Vaccination in Bombay 1869-1873 - 1869-1873
Year: 1869
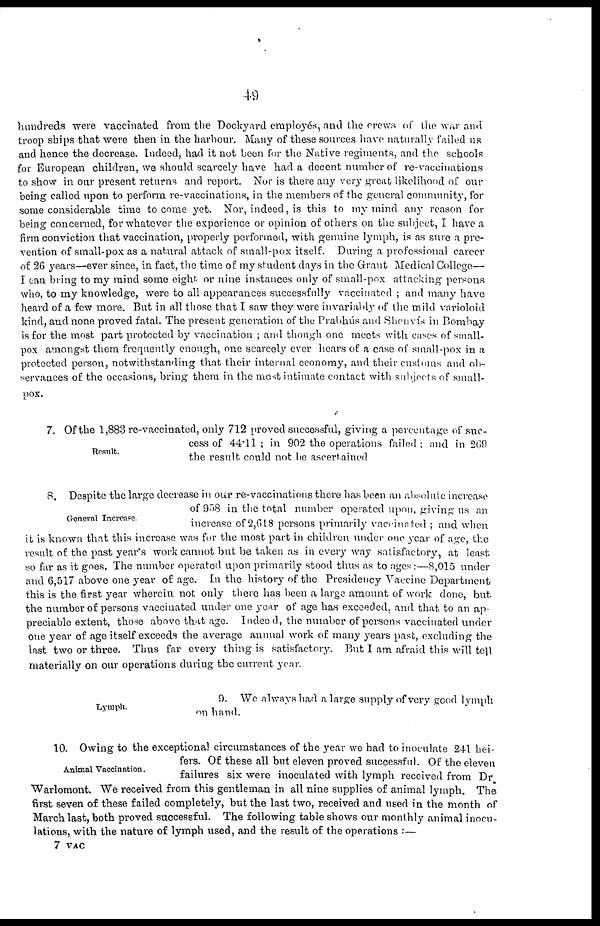
49
hundreds were vaccinated from the Dockyard employés, and the crews of the war and
troop ships that were then in the harbour. Many of these sources have naturally failed us
and hence the decrease. Indeed, had it not been for the Native regiments, and the schools
for European children, we should scarcely have had a decent number of re-vaccinations
to show in our present returns and report. Nor is there any very great likelihood of our
being called upon to perform re-vaccinations, in the members of the general community, for
some considerable time to come yet. Nor, indeed, is this to my mind any reason for
being concerned, for whatever the experience or opinion of others on the subject, I have a
firm conviction that vaccination, properly performed, with genuine lymph, is as sure a pre-
vention of small-pox as a natural attack of small-pox itself. During a professional career
of 26 years—ever since, in fact, the time of my student days in the Grant Medical College—
I can bring to my mind some eight or nine instances only of small-pox attacking persons
who, to my knowledge, were to all appearances successfully vaccinated ; and many have
heard of a few more. But in all those that I saw they were invariably of the mild varioloid
kind, and none proved fatal. The present generation of the Prabhús and Shenvís in Bombay
is for the most part protected by vaccination ; and though one meets with cases of small-
pox amongst them frequently enough, one scarcely ever hears of a case of small-pox in a
protected person, notwithstanding that their internal economy, and their customs and ob-
servances of the occasions, bring them in the most intimate contact with subjects of small-
pox.
Result.
7. Of the 1,883 re-vaccinated, only 712 proved successful, giving a percentage of suc-
cess of 44.11; in 902 the operations failed; and in 269
the result could not be ascertained
General Increase.
8. Despite the large decrease in our re-vaccinations there has been an absolute increase
of 958 in the total number operated upon, giving us an
increase of 2,618 persons primarily vaccinated ; and when
it is known that this increase was for the most part in children under one year of age, the
result of the past year's work cannot but be taken as in every way satisfactory, at least
so far as it goes. The number operated upon primarily stood thus as to ages :—8,015 under
and 6,517 above one year of age. In the history of the Presidency Vaccine Department
this is the first year wherein not only there has been a large amount of work done, but.
the number of persons vaccinated under one year of age has exceeded, and that to an ap-
preciable extent, those above that age. Indeed, the number of persons vaccinated under
one year of age itself exceeds the average annual work of many years past, excluding the
last two or three. Thus far every thing is satisfactory. But I am afraid this will tell
materially on our operations during the current year.
Lymph.
9. We always had a large supply of very good lymph
on hand.
Animal Vaccination.
10. Owing to the exceptional circumstances of the year we had to inoculate 241 hei-
fers. Of these all but eleven proved successful. Of the eleven
failures six were inoculated with lymph received from Dr
Warlomont. We received from this gentleman in all nine supplies of animal lymph. The
first seven of these failed completely, but the last two, received and used in the month of
March last, both proved successful. The following table shows our monthly animal inocu-
lations, with the nature of lymph used, and the result of the operations :—
7 VAC